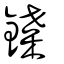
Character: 鍱